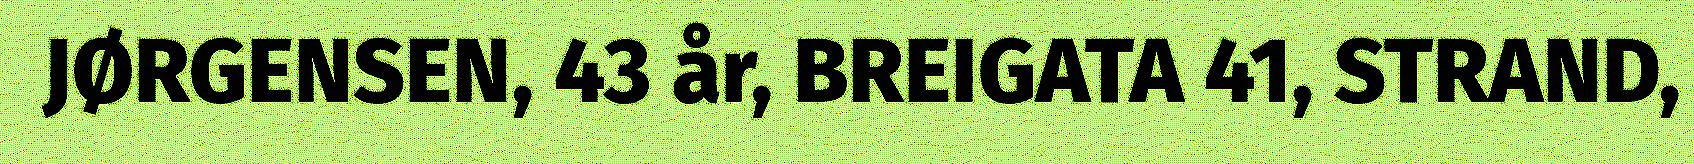
JØRGENSEN, 43 år, BREIGATA 41, STRAND,